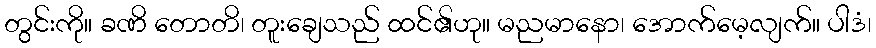
တွင်းကို။ ခဏိ တောတိ၊ တူးချေသည် ထင်၏ဟု။ မညမာနော၊ အောက်မေ့လျက်။ ပါဒံ၊